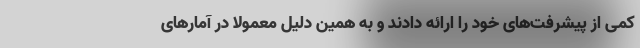
کمی از پیشرفت‌های خود را ارائه دادند و به همین دلیل معمولا در آمارهای